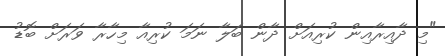
"މި ދާއިރާއިން ކުރިއަށް ދާން ބަލާ ނަމަ ކުރިއާ މިހާރާ ވަރަށް ބޮޑު